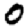
Digit: 0